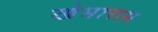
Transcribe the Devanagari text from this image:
खेमाराम